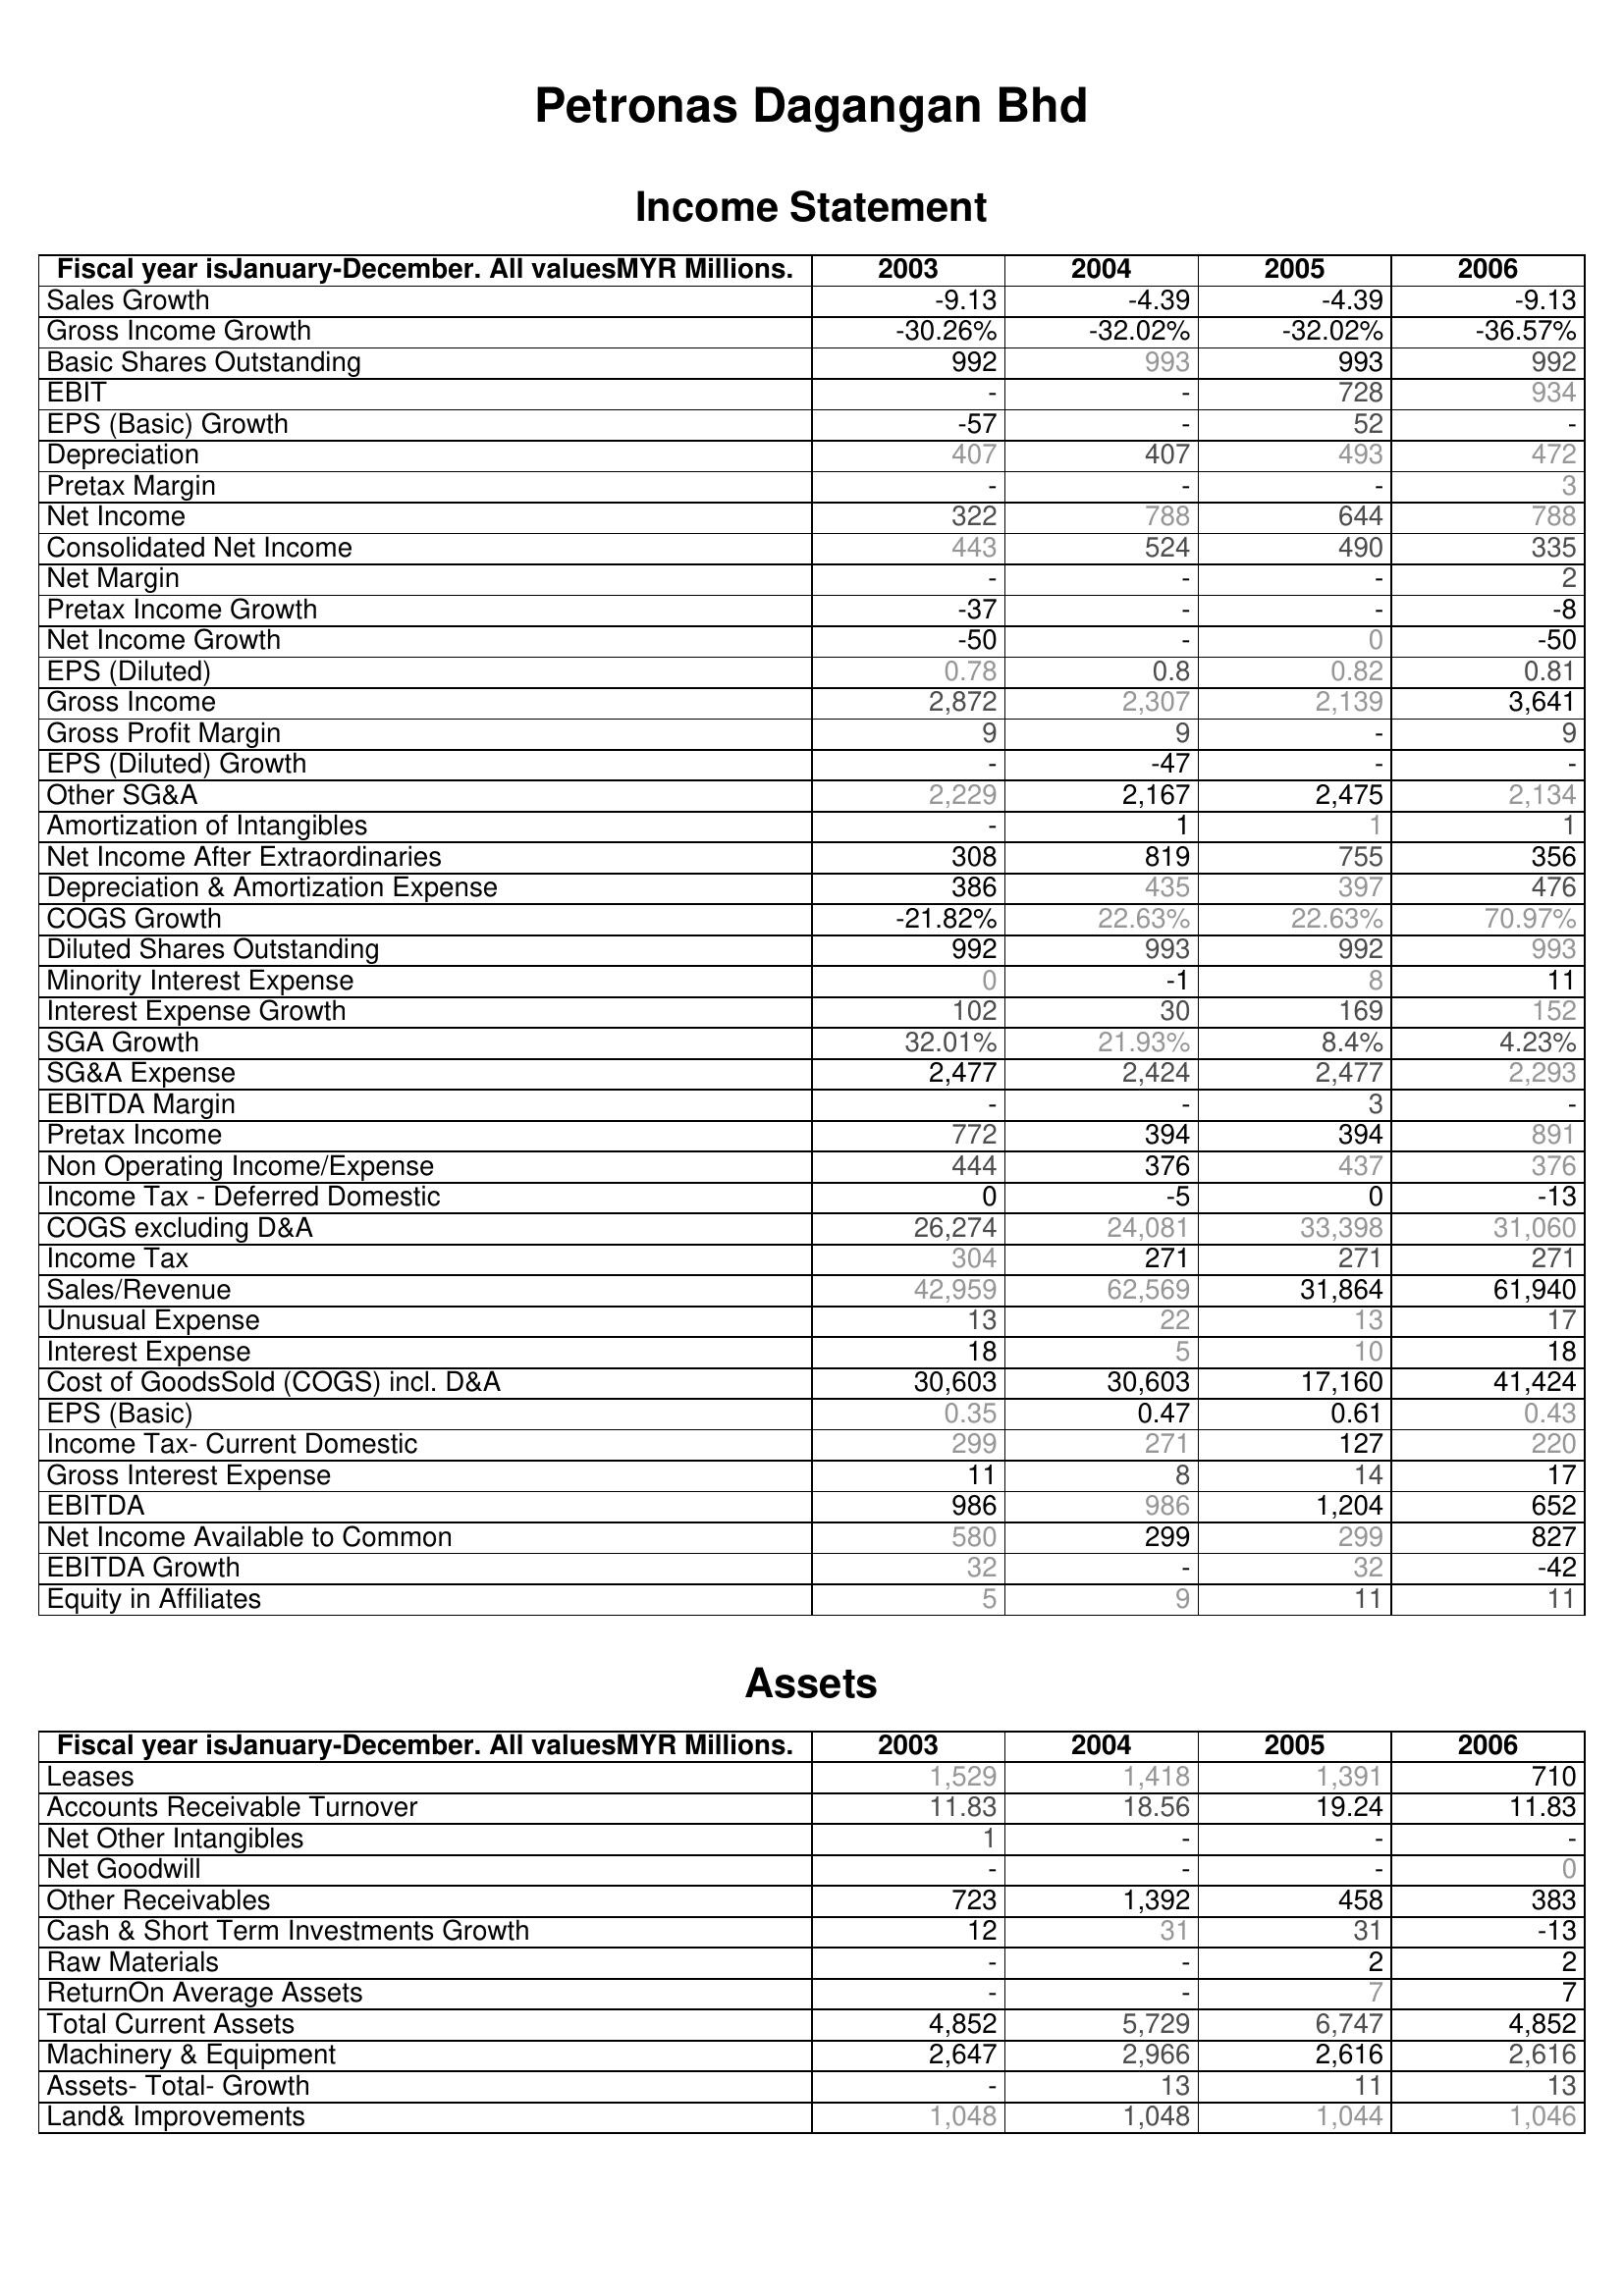
2003: Income Statement: Sales Growth: -9.13
Gross Income Growth: -30.26%
Basic Shares Outstanding: 992
EBIT: -
EPS (Basic) Growth: -57
Depreciation: 407
Pretax Margin: -
Net Income: 322
Consolidated Net Income: 443
Net Margin: -
Pretax Income Growth: -37
Net Income Growth: -50
EPS (Diluted): 0.78
Gross Income: 2,872
Gross Profit Margin: 9
EPS (Diluted) Growth: -
Other SG&A: 2,229
Amortization of Intangibles: -
Net Income After Extraordinaries: 308
Depreciation & Amortization Expense: 386
COGS Growth: -21.82%
Diluted Shares Outstanding: 992
Minority Interest Expense: 0
Interest Expense Growth: 102
SGA Growth: 32.01%
SG&A Expense: 2,477
EBITDA Margin: -
Pretax Income: 772
Non Operating Income/Expense: 444
Income Tax - Deferred Domestic: 0
COGS excluding D&A: 26,274
Income Tax: 304
Sales/Revenue: 42,959
Unusual Expense: 13
Interest Expense: 18
Cost of GoodsSold (COGS) incl. D&A: 30,603
EPS (Basic): 0.35
Income Tax- Current Domestic: 299
Gross Interest Expense: 11
EBITDA: 986
Net Income Available to Common: 580
EBITDA Growth: 32
Equity in Affiliates: 5
Assets: Leases: 1,529
Accounts Receivable Turnover: 11.83
Net Other Intangibles: 1
Net Goodwill: -
Other Receivables: 723
Cash & Short Term Investments Growth: 12
Raw Materials: -
ReturnOn Average Assets: -
Total Current Assets: 4,852
Machinery & Equipment: 2,647
Assets- Total- Growth: -
Land& Improvements: 1,048
2004: Income Statement: Sales Growth: -4.39
Gross Income Growth: -32.02%
Basic Shares Outstanding: 993
EBIT: -
EPS (Basic) Growth: -
Depreciation: 407
Pretax Margin: -
Net Income: 788
Consolidated Net Income: 524
Net Margin: -
Pretax Income Growth: -
Net Income Growth: -
EPS (Diluted): 0.8
Gross Income: 2,307
Gross Profit Margin: 9
EPS (Diluted) Growth: -47
Other SG&A: 2,167
Amortization of Intangibles: 1
Net Income After Extraordinaries: 819
Depreciation & Amortization Expense: 435
COGS Growth: 22.63%
Diluted Shares Outstanding: 993
Minority Interest Expense: -1
Interest Expense Growth: 30
SGA Growth: 21.93%
SG&A Expense: 2,424
EBITDA Margin: -
Pretax Income: 394
Non Operating Income/Expense: 376
Income Tax - Deferred Domestic: -5
COGS excluding D&A: 24,081
Income Tax: 271
Sales/Revenue: 62,569
Unusual Expense: 22
Interest Expense: 5
Cost of GoodsSold (COGS) incl. D&A: 30,603
EPS (Basic): 0.47
Income Tax- Current Domestic: 271
Gross Interest Expense: 8
EBITDA: 986
Net Income Available to Common: 299
EBITDA Growth: -
Equity in Affiliates: 9
Assets: Leases: 1,418
Accounts Receivable Turnover: 18.56
Net Other Intangibles: -
Net Goodwill: -
Other Receivables: 1,392
Cash & Short Term Investments Growth: 31
Raw Materials: -
ReturnOn Average Assets: -
Total Current Assets: 5,729
Machinery & Equipment: 2,966
Assets- Total- Growth: 13
Land& Improvements: 1,048
2005: Income Statement: Sales Growth: -4.39
Gross Income Growth: -32.02%
Basic Shares Outstanding: 993
EBIT: 728
EPS (Basic) Growth: 52
Depreciation: 493
Pretax Margin: -
Net Income: 644
Consolidated Net Income: 490
Net Margin: -
Pretax Income Growth: -
Net Income Growth: 0
EPS (Diluted): 0.82
Gross Income: 2,139
Gross Profit Margin: -
EPS (Diluted) Growth: -
Other SG&A: 2,475
Amortization of Intangibles: 1
Net Income After Extraordinaries: 755
Depreciation & Amortization Expense: 397
COGS Growth: 22.63%
Diluted Shares Outstanding: 992
Minority Interest Expense: 8
Interest Expense Growth: 169
SGA Growth: 8.4%
SG&A Expense: 2,477
EBITDA Margin: 3
Pretax Income: 394
Non Operating Income/Expense: 437
Income Tax - Deferred Domestic: 0
COGS excluding D&A: 33,398
Income Tax: 271
Sales/Revenue: 31,864
Unusual Expense: 13
Interest Expense: 10
Cost of GoodsSold (COGS) incl. D&A: 17,160
EPS (Basic): 0.61
Income Tax- Current Domestic: 127
Gross Interest Expense: 14
EBITDA: 1,204
Net Income Available to Common: 299
EBITDA Growth: 32
Equity in Affiliates: 11
Assets: Leases: 1,391
Accounts Receivable Turnover: 19.24
Net Other Intangibles: -
Net Goodwill: -
Other Receivables: 458
Cash & Short Term Investments Growth: 31
Raw Materials: 2
ReturnOn Average Assets: 7
Total Current Assets: 6,747
Machinery & Equipment: 2,616
Assets- Total- Growth: 11
Land& Improvements: 1,044
2006: Income Statement: Sales Growth: -9.13
Gross Income Growth: -36.57%
Basic Shares Outstanding: 992
EBIT: 934
EPS (Basic) Growth: -
Depreciation: 472
Pretax Margin: 3
Net Income: 788
Consolidated Net Income: 335
Net Margin: 2
Pretax Income Growth: -8
Net Income Growth: -50
EPS (Diluted): 0.81
Gross Income: 3,641
Gross Profit Margin: 9
EPS (Diluted) Growth: -
Other SG&A: 2,134
Amortization of Intangibles: 1
Net Income After Extraordinaries: 356
Depreciation & Amortization Expense: 476
COGS Growth: 70.97%
Diluted Shares Outstanding: 993
Minority Interest Expense: 11
Interest Expense Growth: 152
SGA Growth: 4.23%
SG&A Expense: 2,293
EBITDA Margin: -
Pretax Income: 891
Non Operating Income/Expense: 376
Income Tax - Deferred Domestic: -13
COGS excluding D&A: 31,060
Income Tax: 271
Sales/Revenue: 61,940
Unusual Expense: 17
Interest Expense: 18
Cost of GoodsSold (COGS) incl. D&A: 41,424
EPS (Basic): 0.43
Income Tax- Current Domestic: 220
Gross Interest Expense: 17
EBITDA: 652
Net Income Available to Common: 827
EBITDA Growth: -42
Equity in Affiliates: 11
Assets: Leases: 710
Accounts Receivable Turnover: 11.83
Net Other Intangibles: -
Net Goodwill: 0
Other Receivables: 383
Cash & Short Term Investments Growth: -13
Raw Materials: 2
ReturnOn Average Assets: 7
Total Current Assets: 4,852
Machinery & Equipment: 2,616
Assets- Total- Growth: 13
Land& Improvements: 1,046